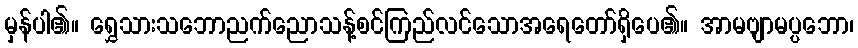
မှန်ပါ၏။ ရွှေသားသဘောညက်ညောသန့်စင်ကြည်လင်သောအရေတော်ရှိပေ၏။ အာမဗျာမပ္ပဘော၊